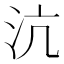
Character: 沆